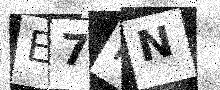
Text: E7FN